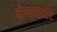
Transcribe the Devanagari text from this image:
लेण्यासमोर